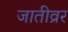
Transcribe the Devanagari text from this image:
जातीव्रर